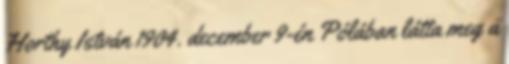
Horthy István 1904. december 9-én Pólában látta meg a